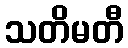
သတိမတီ